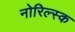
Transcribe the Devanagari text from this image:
नोरिल्स्क